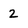
Character: 2